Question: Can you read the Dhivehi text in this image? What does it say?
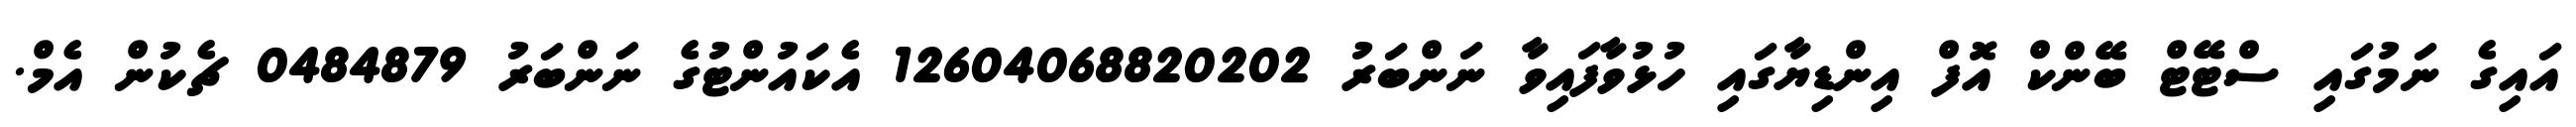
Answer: އައިގެ ނަމުގައި ސްޓޭޓް ބޭންކް އޮފް އިންޑިޔާގައި ހުޅުވާފައިވާ ނަންބަރު 12604068820202 އެކައުންޓުގެ ނަންބަރު 0484879 ޗެކުން އެމް.